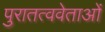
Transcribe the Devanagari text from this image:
पुरातत्ववेताओं